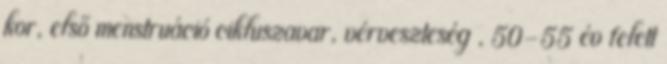
kor, első menstruáció cikluszavar, vérveszteség , 50-55 év felett